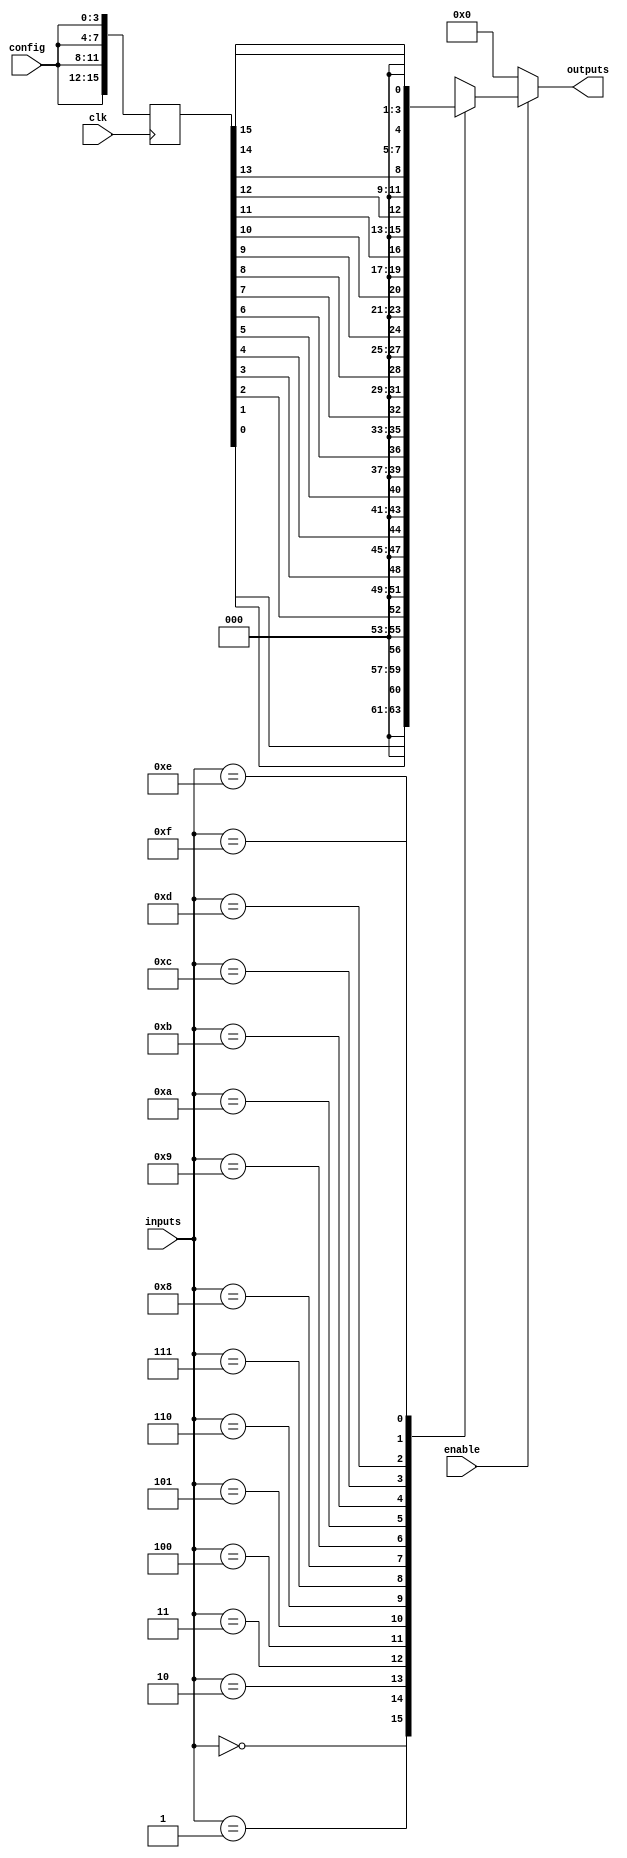
module CLB (
    input wire [3:0] inputs,        // 4-bit input for the CLB
    input wire [3:0] config,        // Configuration bits for LUT
    input wire enable,               // Enable signal for the CLB
    output reg [3:0] outputs,        // 4-bit output from the CLB
    input wire clk                   // Clock signal for synchronous operations
);

// Internal LUT implementation
reg [15:0] lut; // 16 possible combinations for 4 inputs

// Initialize LUT based on configuration
always @(posedge clk) begin
    // Load LUT based on configuration
    lut <= {config[3], config[2], config[1], config[0],  // LUT[0] to LUT[3]
             config[3], config[2], config[1], config[0],  // LUT[4] to LUT[7]
             config[3], config[2], config[1], config[0],  // LUT[8] to LUT[11]
             config[3], config[2], config[1], config[0]}; // LUT[12] to LUT[15]
end

// Combinational logic operation
always @(*) begin
    if (enable) begin
        // Use LUT to generate outputs based on inputs
        case (inputs)
            4'b0000: outputs = lut[0];   // LUT[0]
            4'b0001: outputs = lut[1];   // LUT[1]
            4'b0010: outputs = lut[2];   // LUT[2]
            4'b0011: outputs = lut[3];   // LUT[3]
            4'b0100: outputs = lut[4];   // LUT[4]
            4'b0101: outputs = lut[5];   // LUT[5]
            4'b0110: outputs = lut[6];   // LUT[6]
            4'b0111: outputs = lut[7];   // LUT[7]
            4'b1000: outputs = lut[8];   // LUT[8]
            4'b1001: outputs = lut[9];   // LUT[9]
            4'b1010: outputs = lut[10];  // LUT[10]
            4'b1011: outputs = lut[11];  // LUT[11]
            4'b1100: outputs = lut[12];  // LUT[12]
            4'b1101: outputs = lut[13];  // LUT[13]
            4'b1110: outputs = lut[14];  // LUT[14]
            4'b1111: outputs = lut[15];  // LUT[15]
            default: outputs = 4'b0000;   // Default case
        endcase
    end else begin
        outputs = 4'b0000; // If not enabled, outputs are zero
    end
end

endmodule